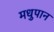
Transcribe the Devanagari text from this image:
मधुपान